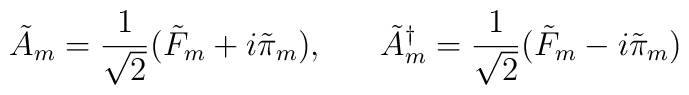
\tilde{A}_{m} = \frac{1}{\sqrt 2} (\tilde{F}_{m}+i\tilde{\pi}_{m}), \; \; \; \; \; \; \tilde{A}^{\dagger}_{m}= \frac{1}{\sqrt 2} (\tilde{F}_{m}-i\tilde{\pi}_{m})